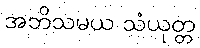
အဘိသမယ သံယုတ္တ